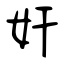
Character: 奸